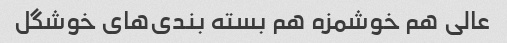
عالی هم خوشمزه هم بسته بندی‌های خوشگل